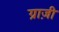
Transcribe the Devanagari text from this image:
ग्राज़ी